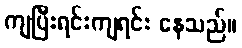
ကျပြီးရင်းကျရင်း နေသည်။